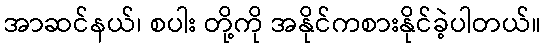
အာဆင်နယ်၊ စပါး တို့ကို အနိုင်ကစားနိုင်ခဲ့ပါတယ်။